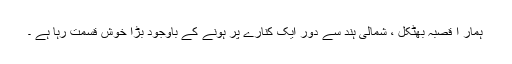
ہمار ا قصبہ بھٹکل ، شمالی ہند سے دور ایک کنارے پر ہونے کے باوجود بڑا خوش قسمت رہا ہے ۔